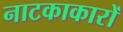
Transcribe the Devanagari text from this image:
नाटकाकारों